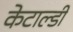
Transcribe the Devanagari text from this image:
केटाल्डी